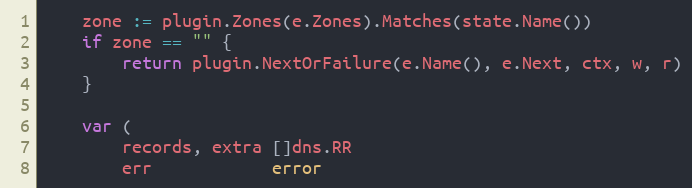
Language: Go
	zone := plugin.Zones(e.Zones).Matches(state.Name())
	if zone == "" {
		return plugin.NextOrFailure(e.Name(), e.Next, ctx, w, r)
	}

	var (
		records, extra []dns.RR
		err            error